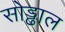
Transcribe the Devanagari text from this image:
सोड्ढाल